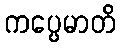
ကပ္ပေမာတိ